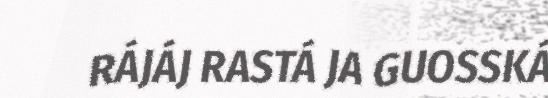
RÁJÁJ RASTÁ JA GUOSSKÁ